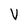
Character: V